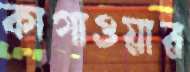
কাগাওয়ার